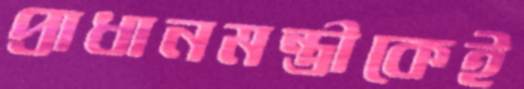
প্রাধানমন্ত্রীকেই